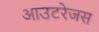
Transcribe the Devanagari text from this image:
आउटरेजस